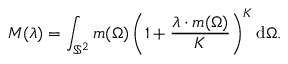
\boldsymbol { M } ( \boldsymbol { \lambda } ) = \int _ { \mathbb { S } ^ { 2 } } \boldsymbol { m } ( \Omega ) \left( 1 + \frac { \boldsymbol { \lambda } \cdot \boldsymbol { m } ( \Omega ) } { K } \right) ^ { K } \mathrm { d } \Omega .